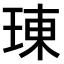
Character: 𤦪